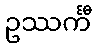
ဥဿင်္ကီ